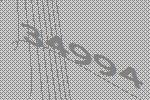
34994